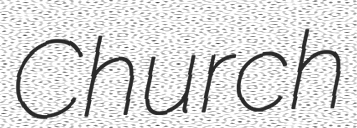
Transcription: Church